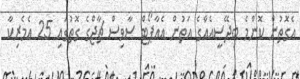
އެގޮތުން ކޮންމެ ބިދޭސީއެއްގެ އަތުން އެއާޕޯޓް ސާވިސް ޗާޖްގެ ގޮތުގައި 25 އެމެރިކާ